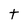
Character: t